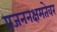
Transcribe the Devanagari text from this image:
प्रजननक्षमतेवर